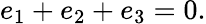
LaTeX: e_{1}+e_{2}+e_{3}=0.